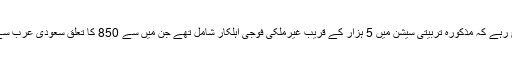
واضح رہے کہ مذکورہ تربیتی سیشن میں 5 ہزار کے قریب غیرملکی فوجی اہلکار شامل تھے جن میں سے 850 کا تعلق سعودی عرب سے تھا۔